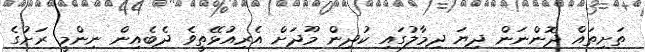
ތަށިތައް ދޮންނަން ދިޔަ ދިމާލުގައި ކުދިން މޫދަށް އެރިއުޅޭތީވެ ދެބެއިން ނިންމީ ރަށުގެ